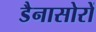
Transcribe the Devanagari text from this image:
डैनासोरों